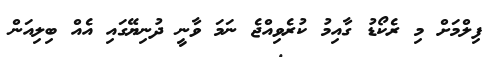
ފިލްމަށް މި ރެކޯޑު ގާއިމު ކުރެވިއްޖެ ނަމަ ވާނީ ދުނިޔޭގައި އެއް ބިލިއަން